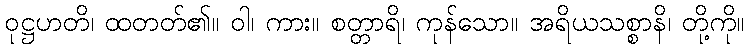
ဝုဋ္ဌဟတိ၊ ထတတ်၏။ ဝါ၊ ကား။ စတ္တာရိ၊ ကုန်သော။ အရိယသစ္စာနိ၊ တို့ကို။